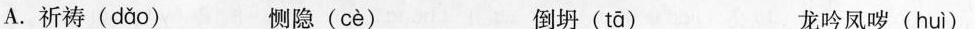
A.祈\underset{·}{祷 } ( dǎo ) \underset{·}恻{} 隐( cè ) 倒\underset{·}{坍}( tā ) 龙吟凤\underset{·}{哕}( huì )